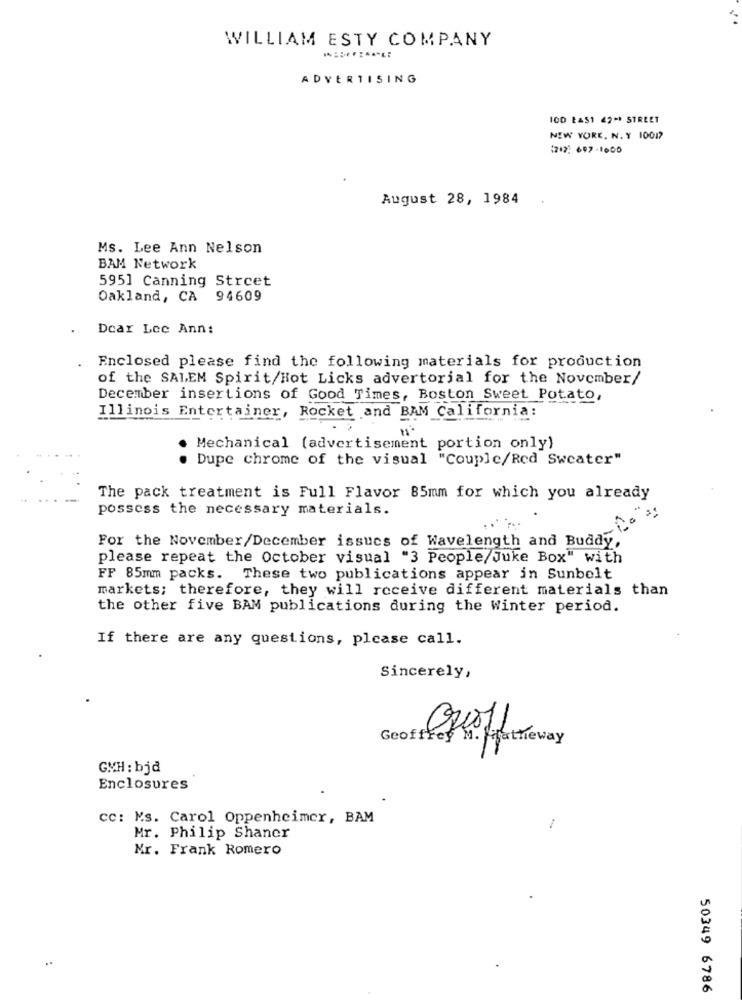
WILLIAM ESTY COMPANY
ADVERTISING
100 BAS1 49 ** STREET
NEW YORK. N. Y 10017
:212 607-1600
August 28, 1984
Ms. Lee Ann Nelson
BAM Network
5951 Canning Street
Oakland, CA 94609
Dear Lee Ann:
Enclosed please find the following materials for production
of the SALEM Spirit/Hot Licks advertorial for the November/
December insertions of Good Times, Boston Sweet Potato,
Illinois Entertainer, Rocket and BAM California:
Mechanical (advertisement portion only)
Dupe chrome of the visual "Couple/Red Sweater"
The pack treatment is Full Flavor 85mm for which you already
possess the necessary materials.
For the November/December issues of Wavelength and Buddy,
please repeat the October visual "3 People/Juke Box" with
FF 85mm packs. These two publications appear in Sunbelt
markets; therefore, they will receive different materials than
the other five BAM publications during the Winter period.
If there are any questions, please call.
Sincerely,
Geofffer M. Fortheway
GVH: bjd
Enclosures
cc: Ms. Carol Oppenheimer, BAM
Mr. Philip Shaner
Mr. Frank Romero
..
50349 6786